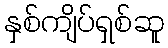
နှစ်ကျိပ်ရှစ်ဆူ